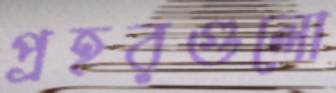
প্রহরগুলো